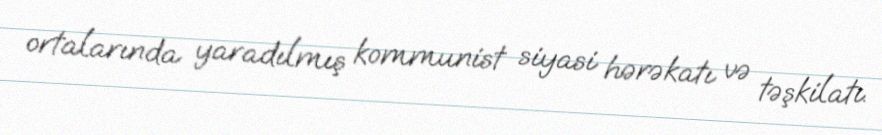
ortalarında yaradılmış kommunist siyasi hərəkatı və təşkilatı.